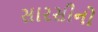
સારસીનો